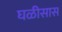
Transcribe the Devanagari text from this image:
घळीसास